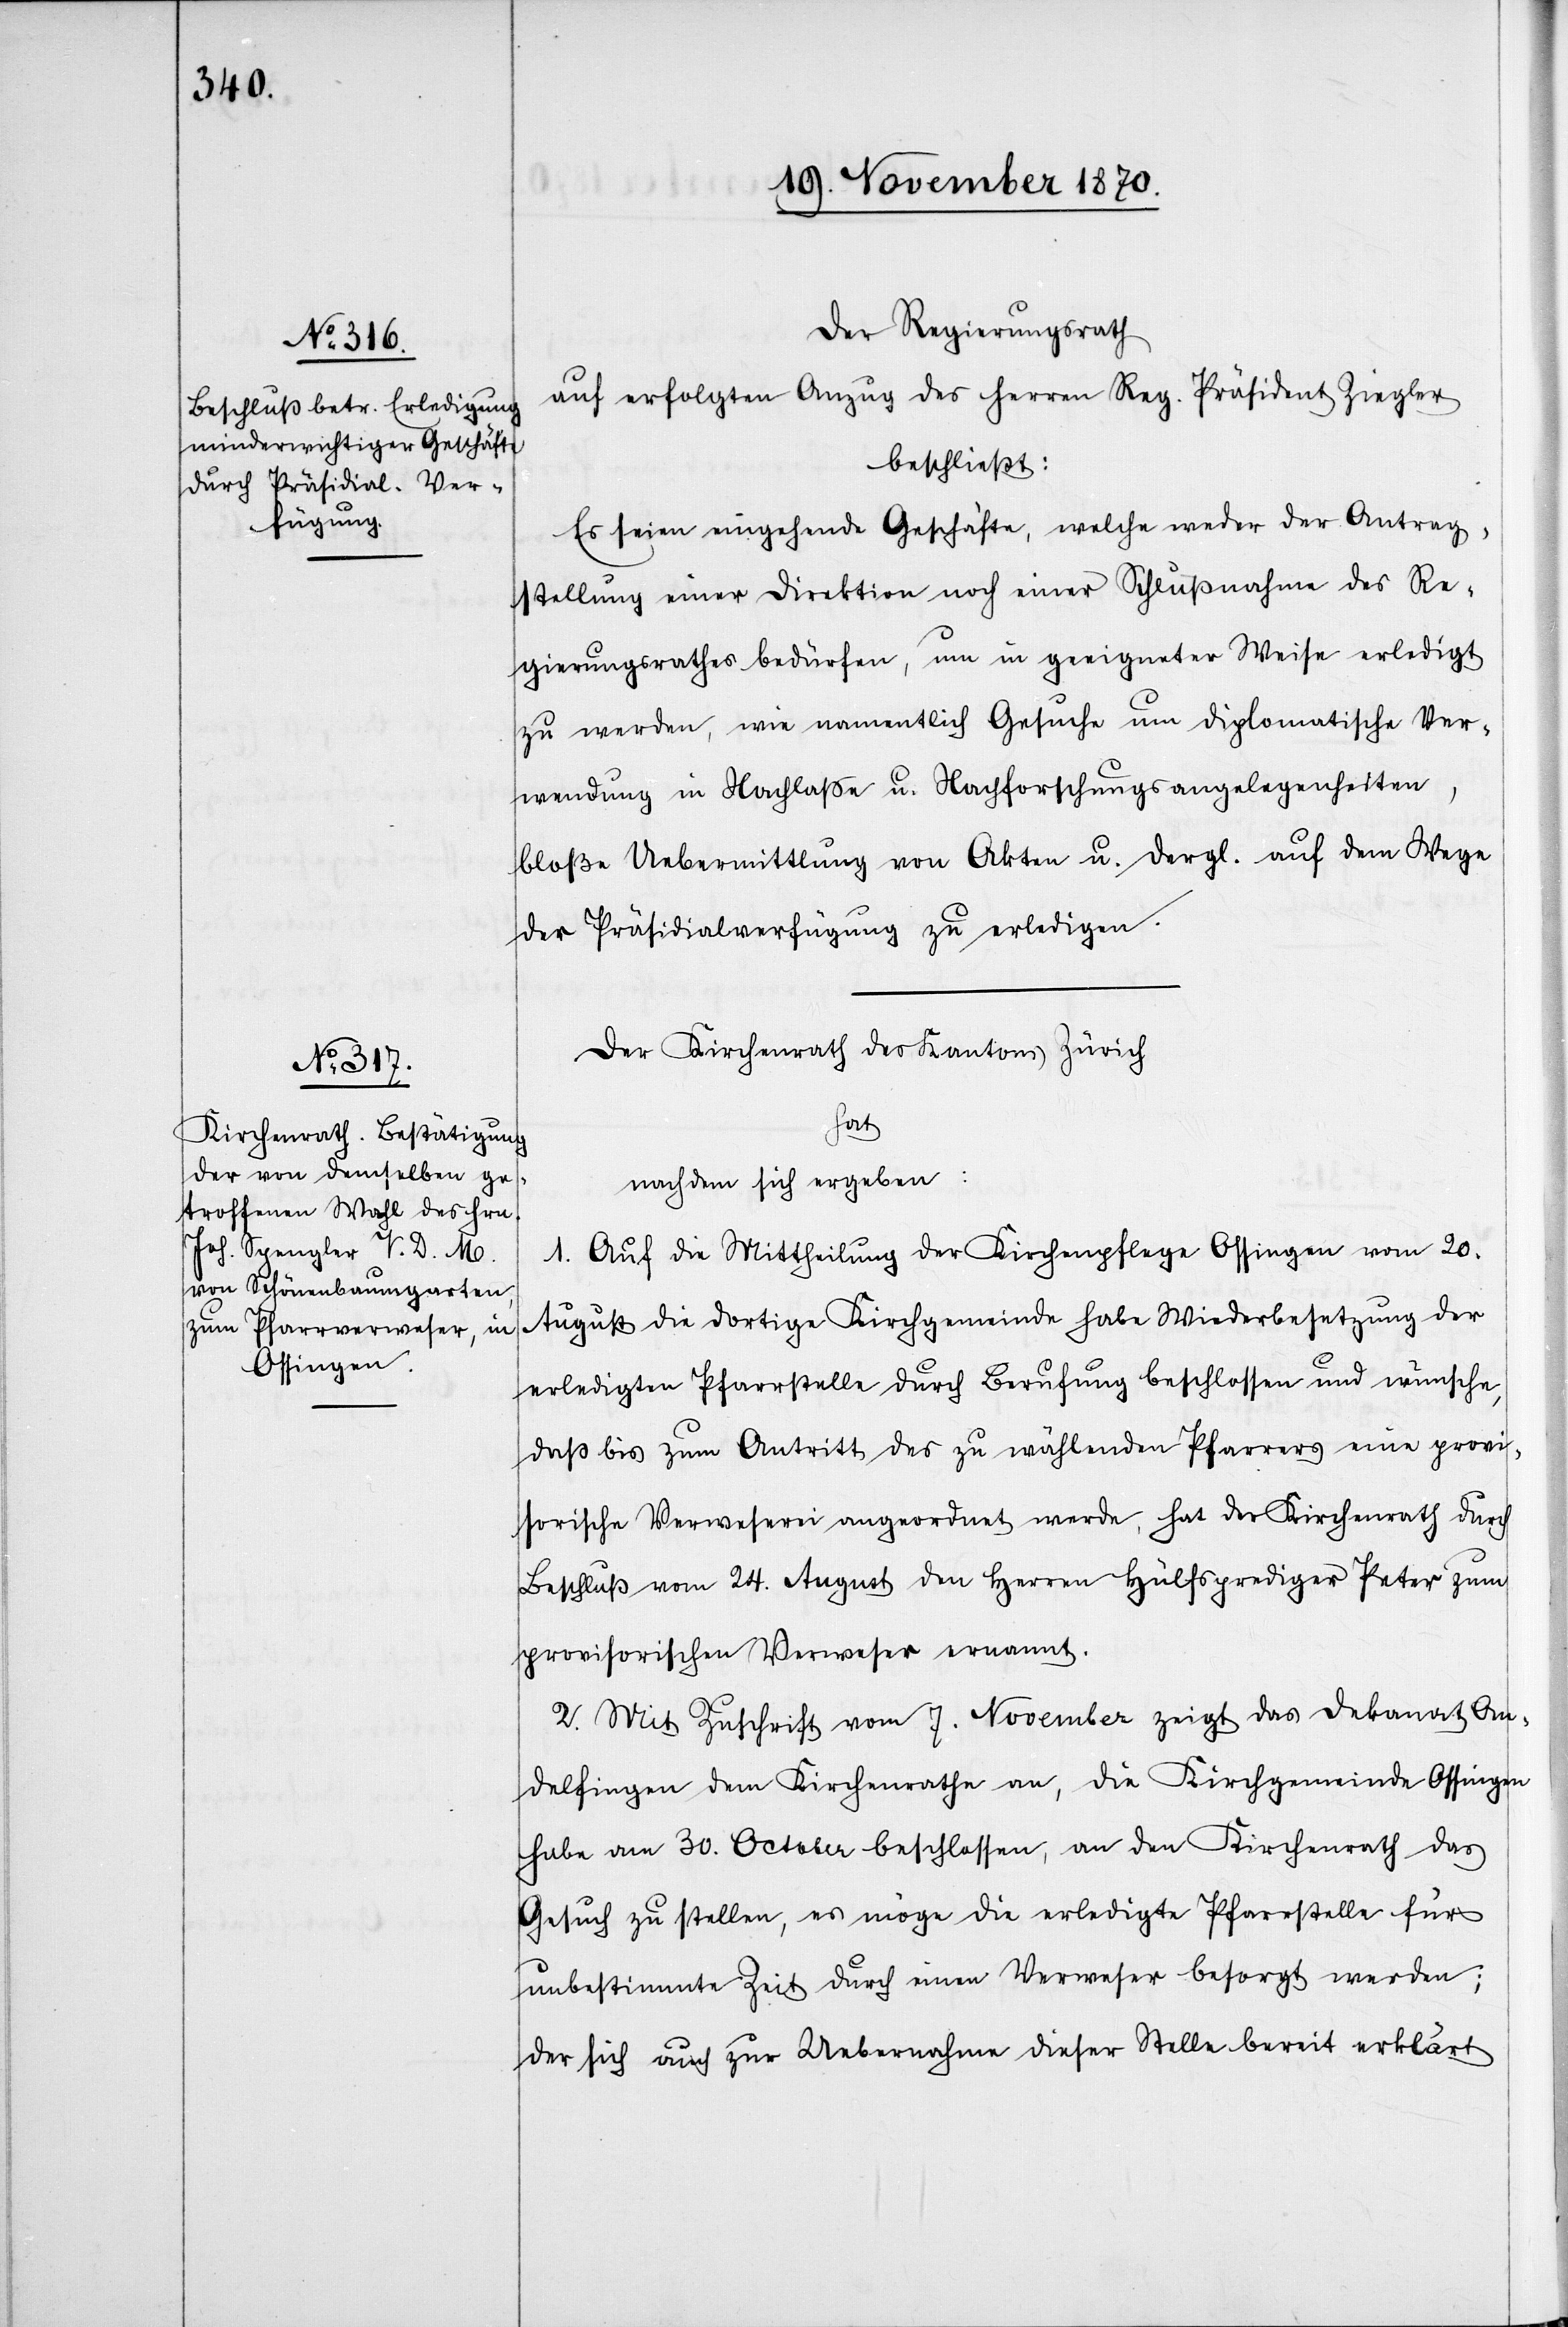
1.

Der Regierungsrath
auf erfolgten Anzug des Herren Reg. Präsident Ziegler
beschließt:
Es seien eingehende Geschäfte, welche weder der Antrag¬
stellung einer Direktion noch einer Schlußnahme des Re¬
gierungsrathes bedürfen, um in geeigneter Weise erledigt
zu werden, wie namentlich Gesuche um diplomatische Ver¬
wendung in Nachlaße u. Nachforschungsangelegenheiten,
bloße Uebermittlung von Akten u. dergl. auf dem Wege
der Präsidialverfügung zu erledigen.
Der Kirchenrath des Kantons Zürich
hat
nachdem sich ergeben:
Auf die Mittheilung der Kirchenpflege Ossingen vom 20.
August die dortige Kirchgemeinde habe Wiederbesetzung der
erledigten Pfarrstelle durch Berufung beschlossen und wünsche,
daß bis zum Antritt des zu wählenden Pfarrers eine provi¬
sorische Verweserei angeordnet werde, hat der Kirchenrath durch
Beschluß vom 24. August den Herren Hülfsprediger Peter zum
provisorischen Verweser ernannt.
2. Mit Zuschrift vom 7. November zeigt das Dekanat An¬
delfingen dem Kirchenrathe an, die Kirchgemeinde Ossingen
habe am 30. October beschlossen, an den Kirchenrath das
Gesuch zu stellen, es möge die erledigte Pfarrstelle für
unbestimmte Zeit durch einen Verweser besorgt werden;
der sich auch zur Uebernahme dieser Stelle bereit erklärt